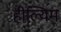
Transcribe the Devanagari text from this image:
हील्यिम